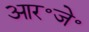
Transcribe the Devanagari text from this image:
आर॰जे॰